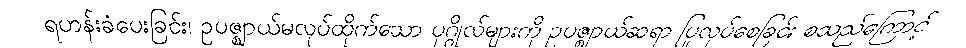
ရဟန်းခံပေးခြင်း၊ ဥပဇ္ဈာယ်မလုပ်ထိုက်သော ပုဂ္ဂိုလ်များကို ဥပဇ္ဈာယ်ဆရာ ပြုလုပ်စေခြင်း စသည်ကြောင့်